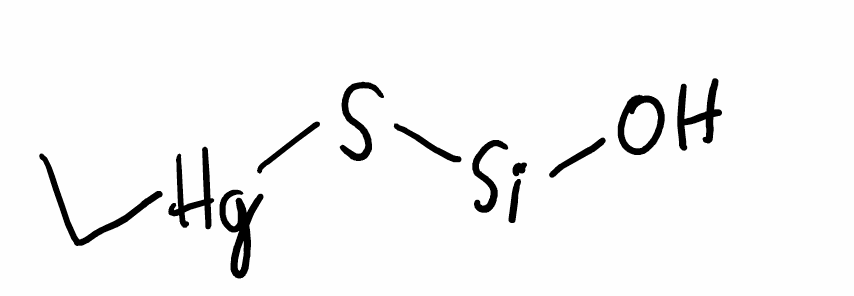
Simplified molecular-input line-entry system (SMILES) notation of the given molecule:
CC[Hg]S[Si]O